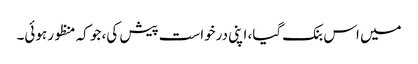
میں اس بنک گیا، اپنی درخواست پیش کی، جو کہ منظور ہوئی۔